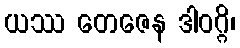
ယဿ တေဇေန ဒါဝဂ္ဂိ၊